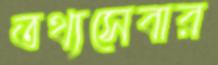
তথ্যসেবার